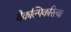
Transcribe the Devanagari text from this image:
वैकल्पिकरित्या